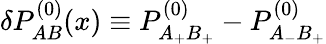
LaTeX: \delta P_{AB}^{(0)}(x)\equiv P_{A_{+}B_{+}}^{(0)}-P_{A_{-}B_{+}}^{(0)}